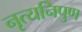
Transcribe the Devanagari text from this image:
नृत्यनिपुण